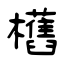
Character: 欍